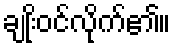
ချုးိဝင်လိုက်၏။